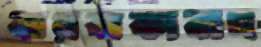
বারবাকাবাদ